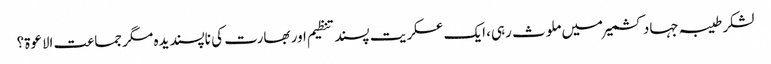
لشکر طیبہ جہاد کشمیر میں ملوث رہی، ایک عسکریت پسند تنظیم اور بھارت کی ناپسندیدہ مگر جماعت الاعوۃ؟